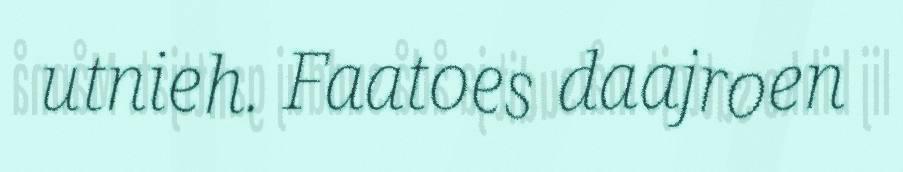
utnieh. Faatoes daajroen